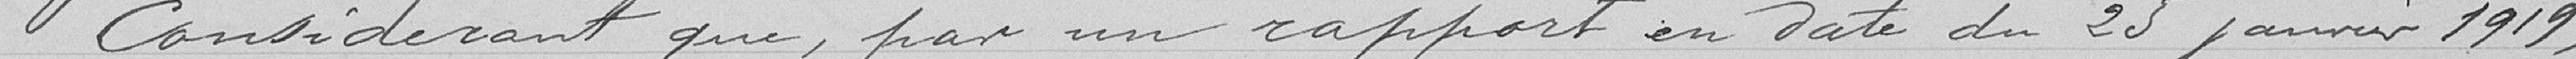
Considérant que, par un rapport en date du 25 janvier 1919,